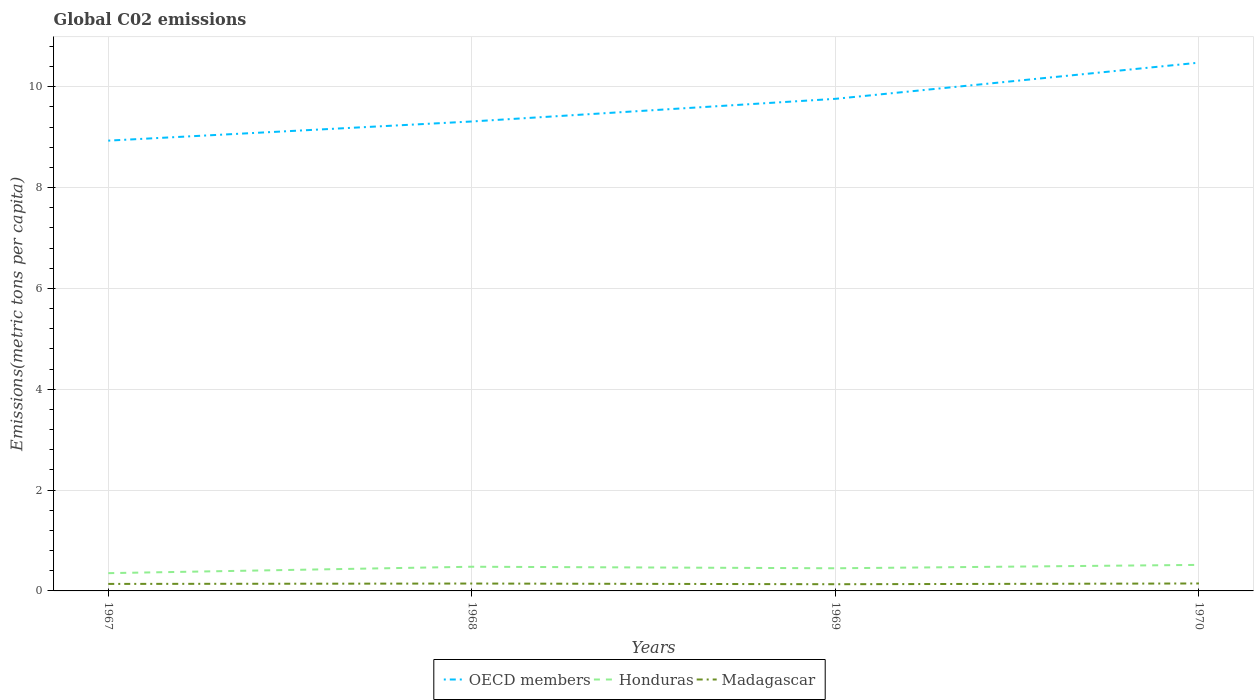
| Years | OECD members | Honduras | Madagascar |
 | --- | --- | --- | --- |
 | 1967 | 8.93 | 0.352 | 0.139 |
 | 1968 | 9.31 | 0.48 | 0.146 |
 | 1969 | 9.76 | 0.449 | 0.133 |
 | 1970 | 10.5 | 0.516 | 0.148 |